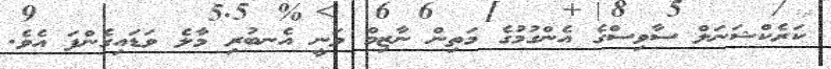
ކަރެކްޝަނަލް ސާވިސްގެ އެންގުމުގެ މަތިން ނާޒިމް ވަނީ އެނބުރި މާލެ ވަޑައިގެންފަ އެވެ.